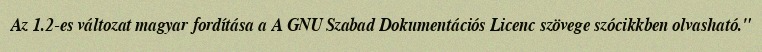
Az 1.2-es változat magyar fordítása a A GNU Szabad Dokumentációs Licenc szövege szócikkben olvasható."